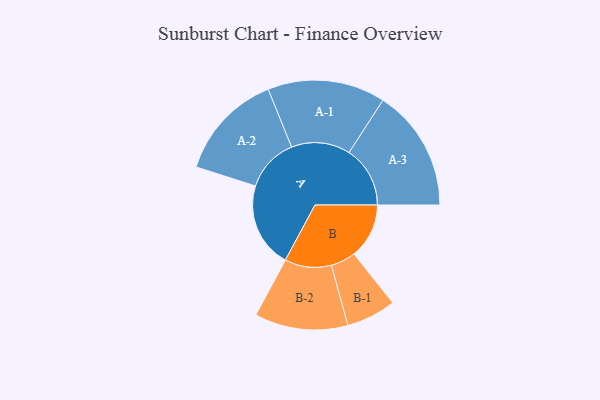
{"axis": {"x": "Segment", "y": "Value"}, "legend": ["", "A", "B"], "data": [{"x": "A", "y": 383, "type": ""}, {"x": "B", "y": 248, "type": ""}, {"x": "A-1", "y": 265, "type": "A"}, {"x": "A-2", "y": 242, "type": "A"}, {"x": "A-3", "y": 275, "type": "A"}, {"x": "B-1", "y": 112, "type": "B"}, {"x": "B-2", "y": 210, "type": "B"}]}